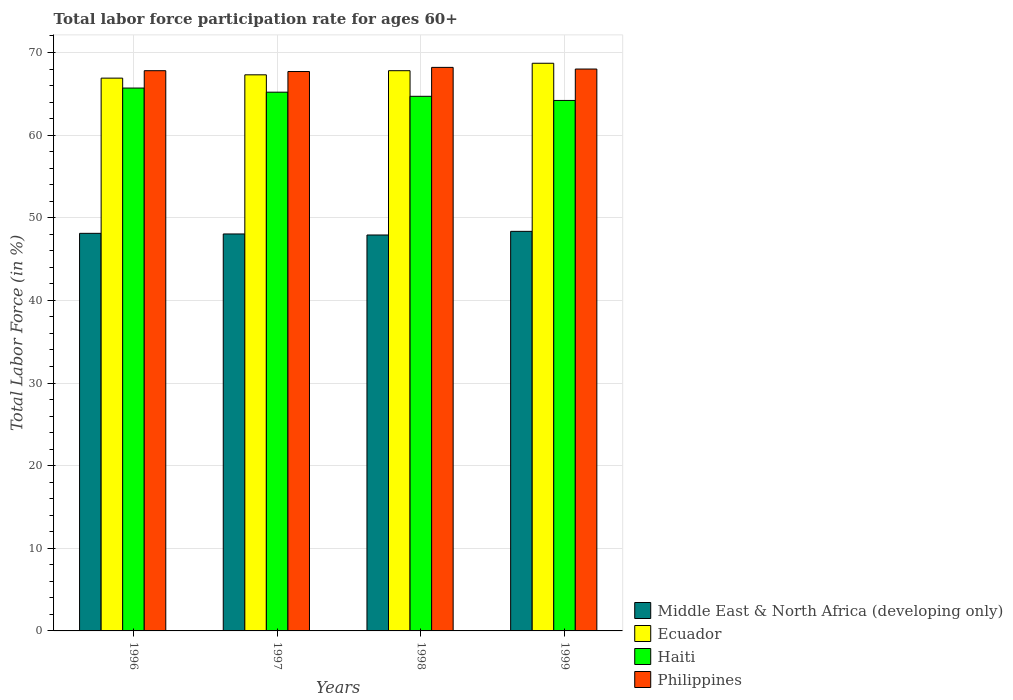
| Years | Middle East & North Africa (developing only) | Ecuador | Haiti | Philippines |
 | --- | --- | --- | --- | --- |
 | 1996 | 48.1 | 66.9 | 65.7 | 67.8 |
 | 1997 | 48 | 67.3 | 65.2 | 67.7 |
 | 1998 | 47.9 | 67.8 | 64.7 | 68.2 |
 | 1999 | 48.4 | 68.7 | 64.2 | 68 |